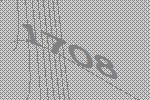
1708